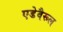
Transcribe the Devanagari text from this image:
एडेवैरूल